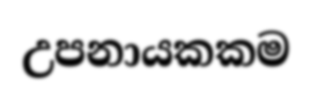
උපනායකකම